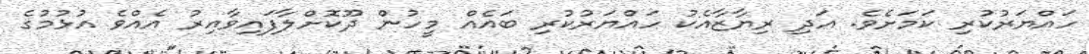
ހައްޔަރުކުރި ކަމަށެވެ. އަދި ރިޔާޒާއެކު ހައްޔަރުކުރި ބައެއް މީހުން ދޫކޮށްލާފައިވާއިރު އެއްވެ އުޅުމުގެ